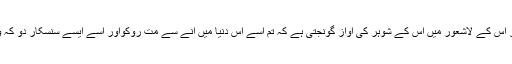
اس کے بعد سنگیتا فیصلہ کر لیتی ہے کہ اس خون خرابے کی دنیا میں اپنے بچے کو نہیں آنے دے گی ، مگر اس کے لاشعور میں اس کے شوہر کی آواز گونجتی ہے کہ تم اسے اس دنیا میں آنے سے مت روکواور اسے ایسے سنسکار دو کہ وہ خون خرابے سے اجڑنے والی دنیا کو آباد کرنے کی کوشش کرے ، دنیا کو حسین بنانے کی کوشش کرے ۔